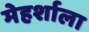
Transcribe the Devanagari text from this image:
मेहर्शाला